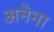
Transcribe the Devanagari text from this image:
अनेना